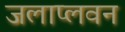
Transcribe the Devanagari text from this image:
जलाप्लवन